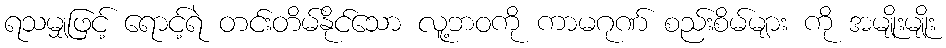
ရသမျှဖြင့် ရောင့်ရဲ တင်းတိမ်နိုင်သော လူ့ဘဝကို ကာမဂုဏ် စည်းစိမ်များ ကို အမျိုးမျိုး